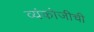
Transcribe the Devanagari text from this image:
व्यंकोजीची